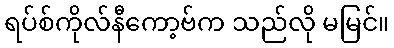
ရပ်စ်ကိုလ်နီကော့ဗ်က သည်လို မမြင်။